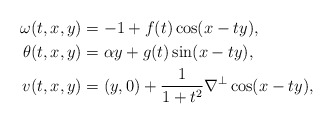
\begin{align*} \omega(t,x,y)&= -1 + f(t)\cos(x-ty), \\ \theta(t,x,y)&= \alpha y + g(t) \sin(x-ty), \\ v(t,x,y)&= (y,0) + \frac{1}{1+t^2}\nabla^{\perp}\cos(x-ty), \end{align*}